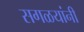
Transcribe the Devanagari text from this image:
सगळयांनी